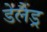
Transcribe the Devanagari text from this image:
डेलैंड्र